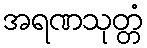
အရဏသုတ္တံ